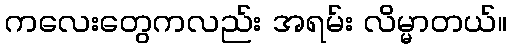
ကလေးတွေကလည်း အရမ်း လိမ္မာတယ်။